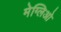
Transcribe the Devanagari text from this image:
मेग्लिओ